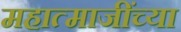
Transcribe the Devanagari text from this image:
महात्माजींच्या